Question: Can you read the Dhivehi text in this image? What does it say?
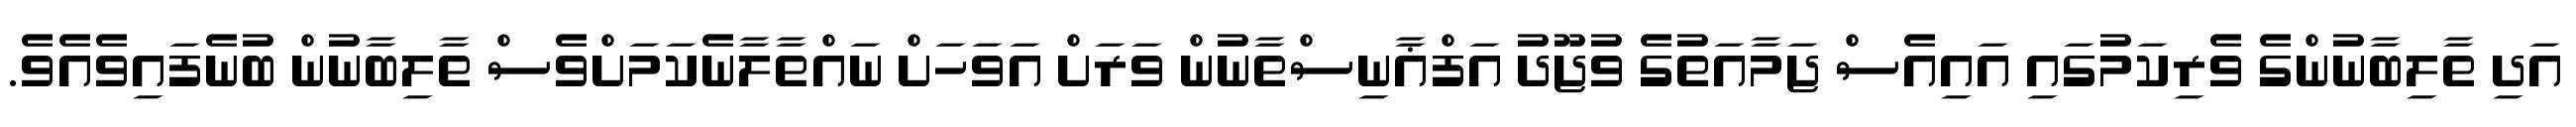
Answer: އަދި ތާލިބާނުންގެ ވެރިކަމުގައި އައިއެސް ޖަމާއަތުގެ ވުޖޫދު އަފްޣާނިސްތާނުން ވަރަށް އަވަހަށް ނައްތާލާނެކަމަށްވެސް ތާލިބާނުން ބުނެފައިވެއެވެ.